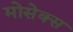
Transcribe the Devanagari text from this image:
मोसेक्स